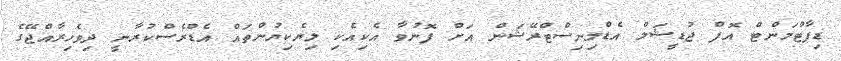
ޑިޕާޓްމަންޓް އޮފް ޖުޑީޝަލް އެޑްމިނިސްޓްރޭޝަން އަށް ފޮނުވާ އެކިއެކި ލިޔެކިޔުންތައް އެޑްރެސްކުރާނީ ދިވެހިރާއްޖޭގެ